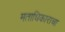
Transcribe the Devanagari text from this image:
मताधिकाराचा